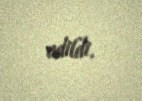
edildi.